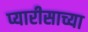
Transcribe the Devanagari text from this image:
प्यारीसाच्या